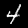
Digit: 4